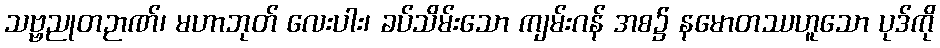
သဗ္ဗညုတဉာဏ်၊ မဟာဘုတ် လေးပါး၊ ခပ်သိမ်းသော ကျမ်းဂန် အစ၌ နမောတဿဟူသော ပုဒ်ကို